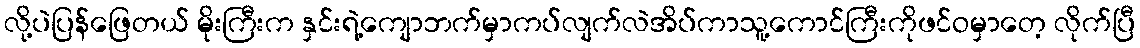
လို့ပဲပြန်ဖြေတယ် မိုးကြီးက နှင်းရဲ့ကျောဘက်မှာကပ်လျက်လဲအိပ်ကာသူ့ကောင်ကြီးကိုဖင်ဝမှာတေ့ လိုက်ပြီ